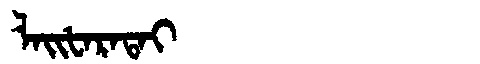
Manchu: ᠯᠠᡳᡶᠠᡵᠠᡨᠠᡳ
Romanization: LAIFARATAI